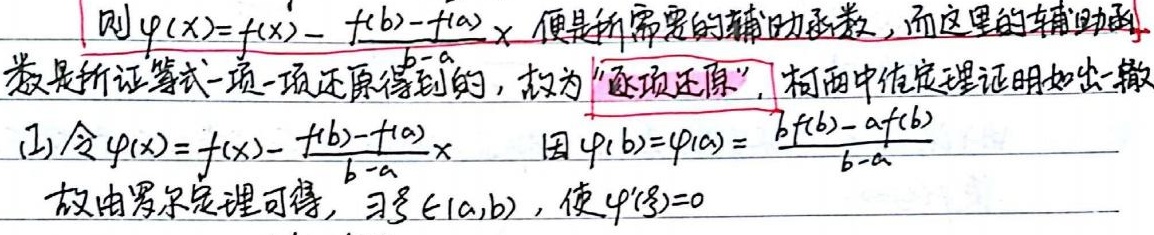
则\(\varphi(x)=f(x)-\frac{f(b)-f(a)}{b - a}x\) 便是所需要的辅助函数，而这里的辅助函
数是所证等式一项一项还原得到的， 故为“逐项还原”，柯西中值定理证明如出一辙
(2) 令\(\varphi(x)=f(x)-\frac{f(b)-f(a)}{b - a}x\)  因 \(\varphi(b)=\varphi(a)=\frac{bf(b)-af(b)}{b - a}\)
故由罗尔定理可得，\(\exists\xi\in(a,b)\)，使\(\varphi'(\xi)=0\)